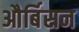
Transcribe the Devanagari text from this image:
और्बिसन